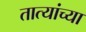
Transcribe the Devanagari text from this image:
तात्यांच्या